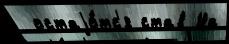
 остаjо́тс'я став На